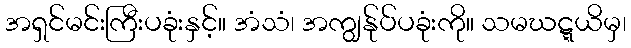
အရှင်မင်းကြီးပခုံးနှင့်။ အံသံ၊ အကျွန်ုပ်ပခုံးကို။ သမဃဋ္ဋယိမှ၊